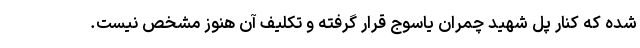
شده که کنار پل شهید چمران یاسوج قرار گرفته و تکلیف آن هنوز مشخص نیست.